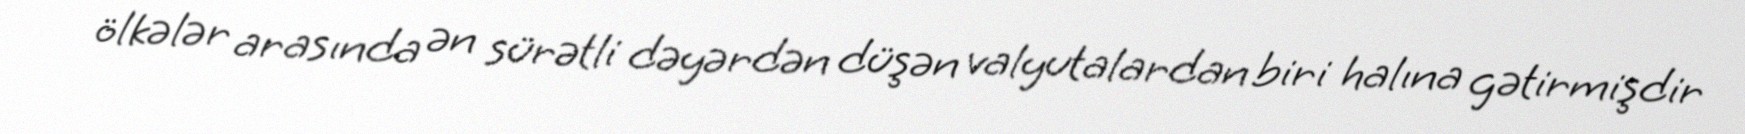
ölkələr arasında ən sürətli dəyərdən düşən valyutalardan biri halına gətirmişdir